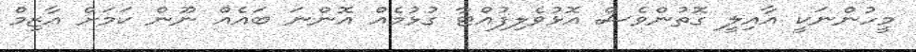
މީހުންނަކީ އާއިލީ ގޮތުންވެސް އޮޅުވެލިފުއްޓާ ގުޅުމެއް އޮންނަ ބައެއް ނޫން ކަމަށް އާޒިމް